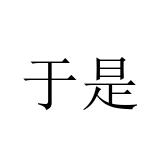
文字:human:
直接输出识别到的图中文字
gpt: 于是